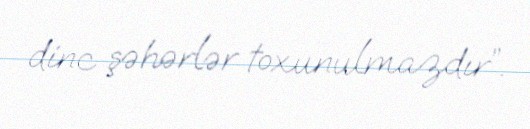
dinc şəhərlər toxunulmazdır”.